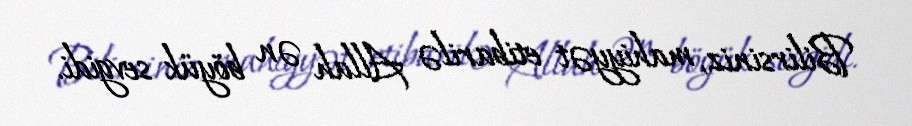
Bilirsiniz, mahiyyət etibarilə Allah ən böyük sevgidi.